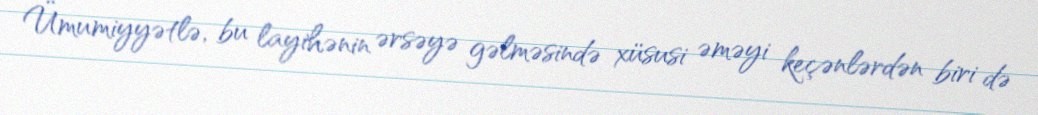
Ümumiyyətlə, bu layihənin ərsəyə gəlməsində xüsusi əməyi keçənlərdən biri də